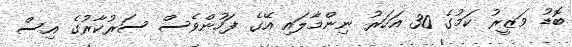
ބޮޑު ވަޒީރު ކަމުގެ 30 އަހަރު ނިންމާލައި އޭގެ ފަހުންވެސް ސަރުކާރުގެ އިސް